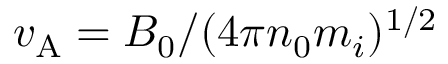
v _ { \mathrm { A } } = B _ { 0 } / ( 4 \pi n _ { 0 } m _ { i } ) ^ { 1 / 2 }